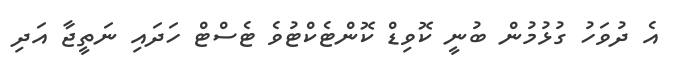
އެ ދުވަހު ގުޅުމުން ބުނީ ކޮވިޑް ކޮންޓެކްޓުވެ ޓެސްޓް ހަދައި ނަތީޖާ އަދި